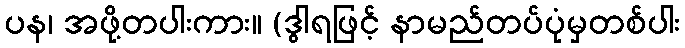
ပန၊ အဖို့တပါးကား။ (ဒွါရဖြင့် နာမည်တပ်ပုံမှတစ်ပါး